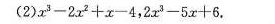
(2) x ^ { 3 } - 2x ^ { 2 } + x - 4, 2x ^ { 3 } -5x +6 .